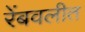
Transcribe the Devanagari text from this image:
रेंबवलीत